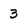
Character: 3